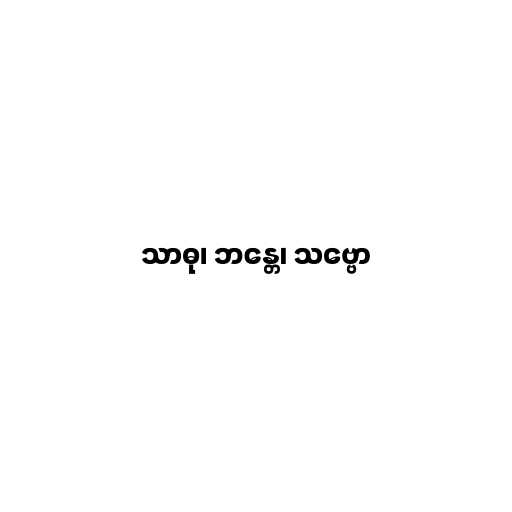
သာဓု၊ ဘန္တေ၊ သဗ္ဗော